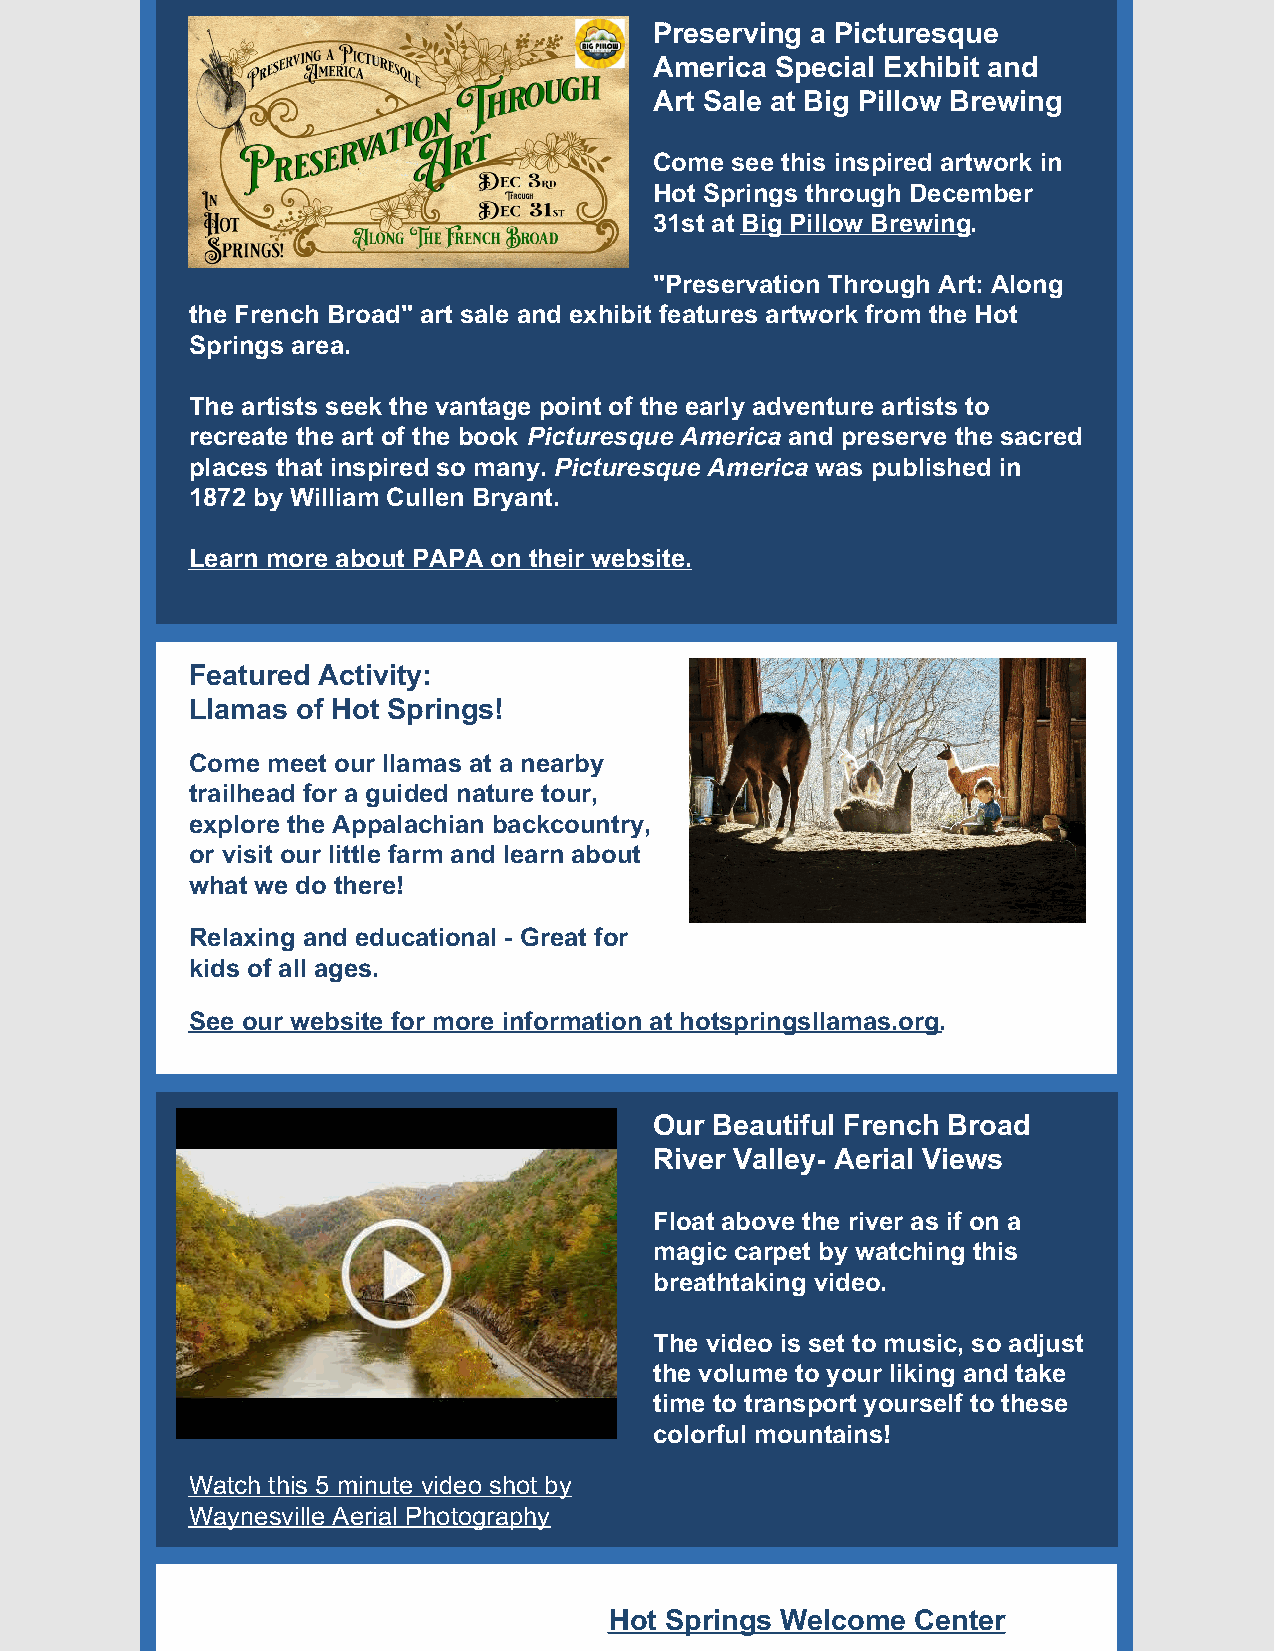
Preserving a Picturesque
 America Special Exhibit and
 Art Sale at Big Pillow Brewing
 Come see this inspired artwork in
 Hot Springs through December
 31st at Big Pillow Brewing.
 "Preservation Through Art: Along
 the French Broad" art sale and exhibit features artwork from the Hot
 Springs area.
 The artists seek the vantage point of the early adventure artists to
 recreate the art of the book Picturesque America and preserve the sacred
 places that inspired so many. Picturesque America was published in
 1872 by William Cullen Bryant.
 Learn more about PAPA on their website.
 Featured Activity:
 ​Llamas of Hot Springs!
 Come meet our llamas at a nearby
 trailhead for a guided nature tour,
 explore the Appalachian backcountry,
 or visit our little farm and learn about
 what we do there!
 Relaxing and educational - Great for
 kids of all ages.
 See our website for more information at hotspringsllamas.org.
 Our Beautiful French Broad
 River Valley- Aerial Views
 Float above the river as if on a
 magic carpet by watching this
 breathtaking video.
 The video is set to music, so adjust
 the volume to your liking and take
 time to transport yourself to these
 colorful mountains!
 Watch this 5 minute video shot by
 Waynesville Aerial Photography
 Hot Springs Welcome  Center